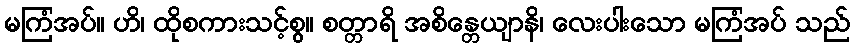
မကြံအပ်။ ဟိ၊ ထိုစကားသင့်စွ။ စတ္တာရိ အစိန္တေယျာနိ၊ လေးပါးသော မကြံအပ် သည်